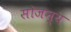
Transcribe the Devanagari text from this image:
सौजन्‍य